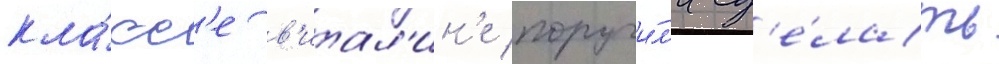
кла́сс'е в'итал'ин'е поручи́л'и сд'е́лать